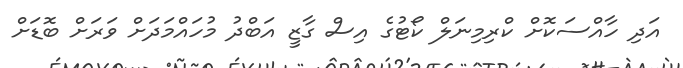
އަދި ހާއްސަކޮށް ކްރިމިނަލް ކޯޓުގެ އިސް ގާޒީ އަބްދު މުހައްމަދަށް ވަރަށް ބޮޑަށް